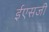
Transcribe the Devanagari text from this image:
ईएसजी